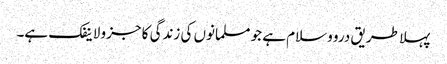
پہلا طریق درو وسلام ہے جو مسلمانوں کی زندگی کا جزو لاینفک ہے۔